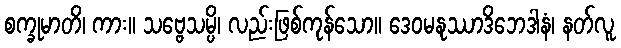
စက္ခုမာတိ၊ ကား။ သဗ္ဗေသမ္ပိ၊ လည်းဖြစ်ကုန်သော။ ဒေဝမနုဿာဒိဘေဒါနံ၊ နတ်လူ